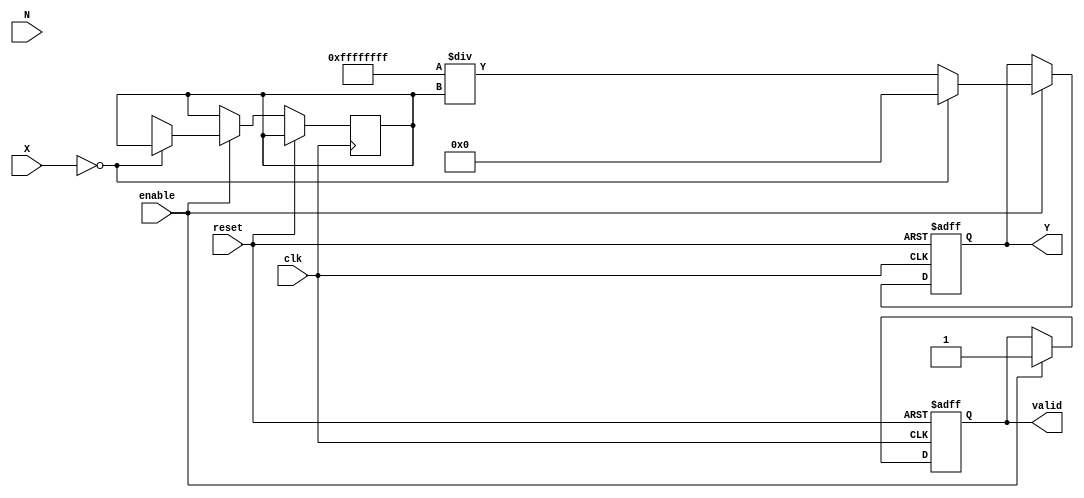
module fractional_order_reciprocal (
    input wire clk,                // Clock input
    input wire reset,              // Reset signal
    input wire [15:0] X,           // Input variable (fixed-point representation)
    input wire [15:0] N,           // Fractional order (fixed-point representation)
    input wire enable,             // Enable signal
    output reg [31:0] Y,           // Output result
    output reg valid               // Output valid signal
);

    // Constants for fixed-point representation
    parameter FIXED_POINT_FRACTIONAL_BITS = 10; // Number of bits for fractional part
    parameter FIXED_POINT_INTEGER_BITS = 6;      // Number of bits for integer part

    // Internal signals
    reg [31:0] ln_X;                // Natural logarithm of X
    reg [31:0] exp_N_ln_X;          // Result of N * ln(X)
    
    // Logarithm and exponential approximations (for simplicity, using LUTs is recommended)
    function [31:0] ln;
        input [15:0] x;
        // Implement a logarithm approximation (can be replaced with a LUT for better precision)
        // This is a placeholder; actual implementation would depend on the method used.
    endfunction

    function [31:0] exp;
        input [31:0] x;
        // Implement an exponential approximation (can be replaced with a LUT for better precision)
        // This is a placeholder; actual implementation would depend on the method used.
    endfunction

    always @(posedge clk or posedge reset) begin
        if (reset) begin
            Y <= 0;
            valid <= 0;
        end else if (enable) begin
            if (X == 16'b0) begin
                // Handle division by zero case
                Y <= 32'b0; // or some defined error value
                valid <= 1; // Indicate a valid output
            end else begin
                // Calculate ln(X)
                ln_X <= ln(X);

                // Calculate N * ln(X) (using fixed-point arithmetic)
                exp_N_ln_X <= exp((N * ln_X) >> FIXED_POINT_FRACTIONAL_BITS);

                // Calculate Y = 1 / (X^N) = e^(-N * ln(X))
                Y <= 32'hFFFFFFFF / exp_N_ln_X; // Reciprocal
                valid <= 1; // Indicate a valid output
            end
        end
    end
endmodule